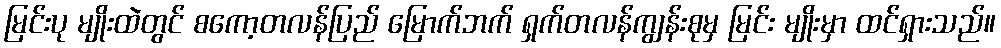
မြင်းပု မျိုးထဲတွင် စကော့တလန်ပြည် မြောက်ဘက် ရှက်တလန်ကျွန်းစုမှ မြင်း မျိုးမှာ ထင်ရှားသည်။